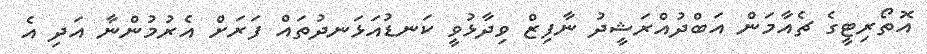
އޮތޯރިޓީގެ ޗެއާމަން އަބްދުއްރަޝީދު ނާފިޒް ވިދާޅުވީ ކަނޑުއަޅަނދުތައް ފަރަށް އެރުމުންނާ އަދި އެ